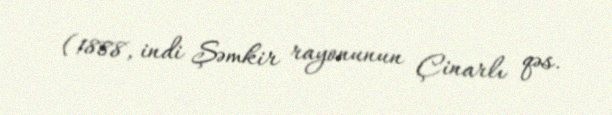
(1888, indi Şəmkir rayonunun Çinarlı qəs.